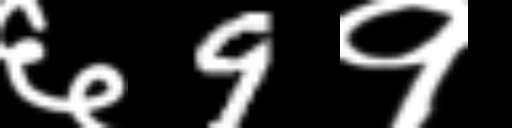
Text: ६9१